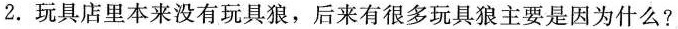
2.玩具店里本来没有玩具狼，后来有很多玩具狼主要是因为什么?